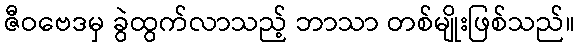
ဇီဝဗေဒမှ ခွဲထွက်လာသည့် ဘာသာ တစ်မျိုးဖြစ်သည်။